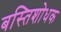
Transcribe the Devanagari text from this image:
बस्तिशोधक